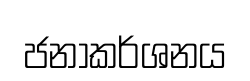
ජනාකර්ශනය